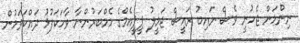
ނިންމަން ޖެހުނީ ވެސް ނައިބު ރައީސް ޖަމީލު ޕީޕީއެމްގެ މެމްބަރުންނާ ވާހަކަފުޅު ދައްކަވަމުން